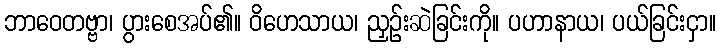
ဘာဝေတဗ္ဗာ၊ ပွားစေအပ်၏။ ဝိဟေသာယ၊ ညှဉ်းဆဲခြင်းကို။ ပဟာနာယ၊ ပယ်ခြင်းငှာ။